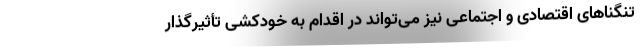
تنگناهای اقتصادی و اجتماعی نیز می‌تواند در اقدام به خودکشی تأثیرگذار